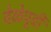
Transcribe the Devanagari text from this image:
वेळेपूर्वी